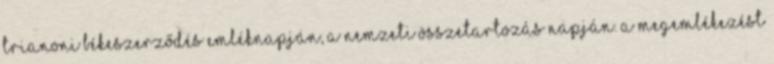
Trianoni Békeszerződés Emléknapján, a Nemzeti Összetartozás napján. A megemlékezést